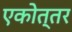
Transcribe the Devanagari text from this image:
एकोत्तर